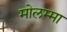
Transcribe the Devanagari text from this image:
मोलम्मा